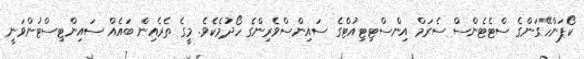
ކޯޕަންހޭގަންގެ ސްޓެޓެންސް ސެރަމް އިންސްޓިޓިއުޓްގެ ސައިންސްވެރިންގެ ހޯދުމެކެވެ. މީގެ ތެރެއިން ބައެއް ސައިންޓިސްޓުންވަނީ